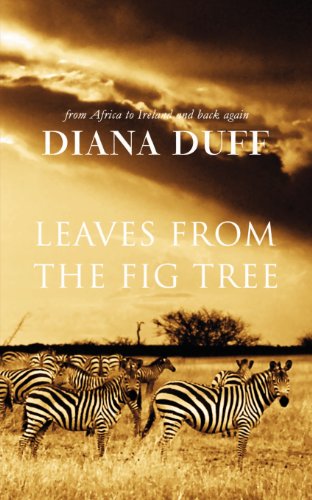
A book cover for Leaves from the Fig Tree; Diana Duff; Travel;